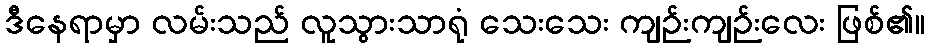
ဒီနေရာမှာ လမ်းသည် လူသွားသာရုံ သေးသေး ကျဉ်းကျဉ်းလေး ဖြစ်၏။